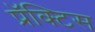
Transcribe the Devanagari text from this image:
प्रॅक्‍टिस